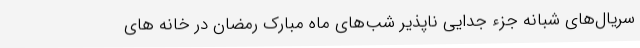
سریال‌های شبانه جزء جدایی ناپذیر شب‌های ماه مبارک رمضان در خانه های